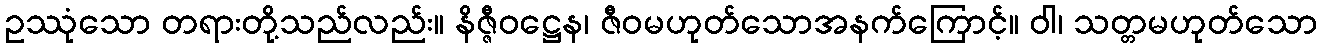
ဥဿုံသော တရားတို့သည်လည်း။ နိဇ္ဇီဝဋ္ဌေန၊ ဇီဝမဟုတ်သောအနက်ကြောင့်။ ဝါ၊ သတ္တမဟုတ်သော